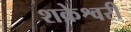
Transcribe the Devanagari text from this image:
शक्रेश्वरी